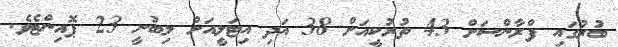
ބުރުގައި ފްރާންސަށް 43 ތުރުކީއަށް 38 އަދި އިޓަލީއަށް ލިބުނީ 23 ޕޮއިންޓެވެ.